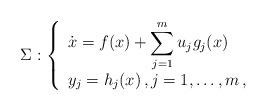
LaTeX: \begin{align*} \Sigma : \left\{ \begin{array}{l} \displaystyle{\dot{x} = f(x) + \sum_{j=1}^m u_j g_j (x)} \\ y_j = h_j(x) \, , j=1,\ldots,m \, , \end{array} \right.\end{align*}